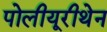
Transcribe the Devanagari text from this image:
पोलीयूरीथेन